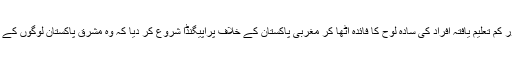
اس کے ساتھ ساتھ ان پڑھ اور کم تعلیم یافتہ افراد کی سادہ لوح کا فائدہ اٹھا کر مغربی پاکستان کے خلاف پراپیگنڈا شروع کر دیا کہ وہ مشرق پاکستان لوگوں کے حقوق پر ڈاکہ ڈال رہے ہیں۔